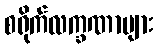
စရိုက်လက္ခဏာများ